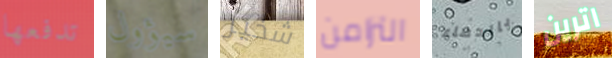
تدفعها سيؤول شخير التزامن بالدماء اترين